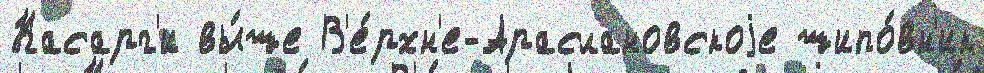
Касарг'и вы́ше В'е́рхн'е-Араслановскоjе шипо́вн'ик